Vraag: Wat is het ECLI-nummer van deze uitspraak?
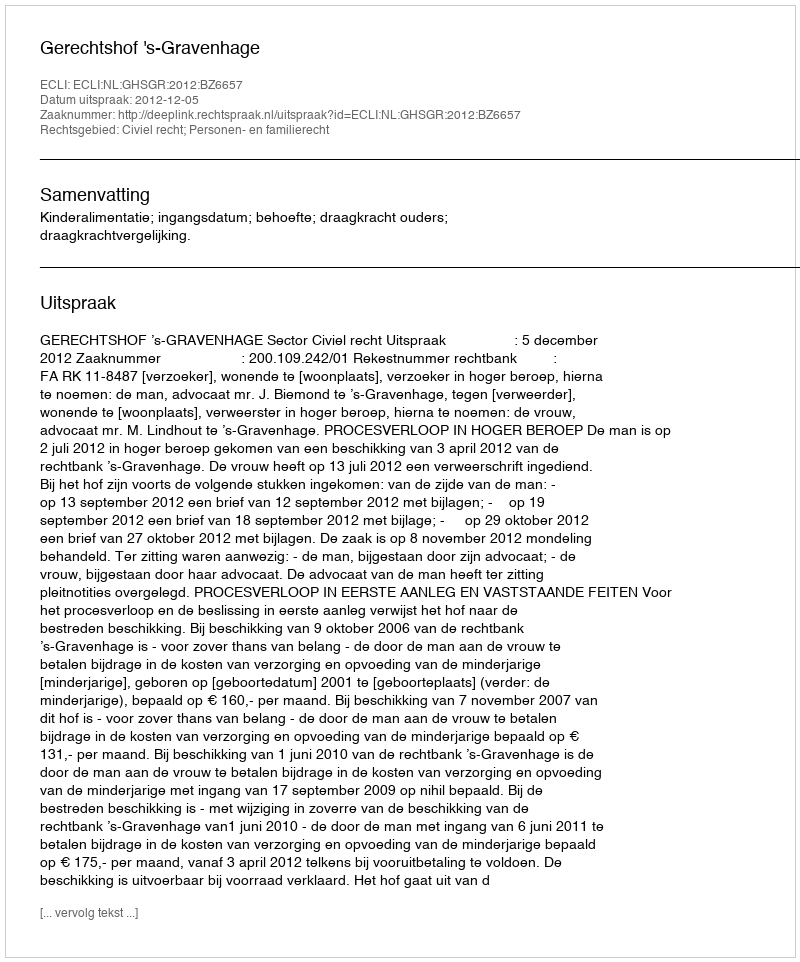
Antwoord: ECLI:NL:GHSGR:2012:BZ6657